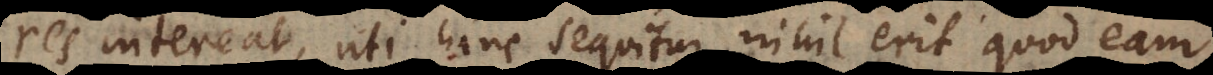
res intereat, uti hinc sequitur, nihil erit quod eam